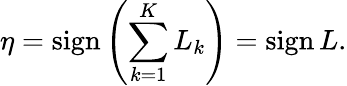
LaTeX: \eta=\mathrm{sign}\left(\sum_{k=1}^{K}L_{k}\right)=\mathrm{sign}\, L.